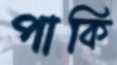
পাকি